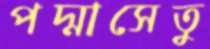
পদ্মাসেতু